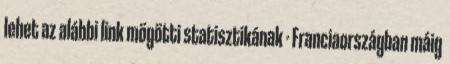
lehet az alábbi link mögötti statisztikának - Franciaországban máig